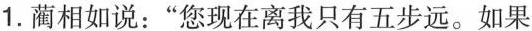
1. 蔺相如说：“您现在离我只有五步远。如果